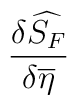
\frac{\delta \widehat{S_{F}}}{\delta \overline{\eta }}